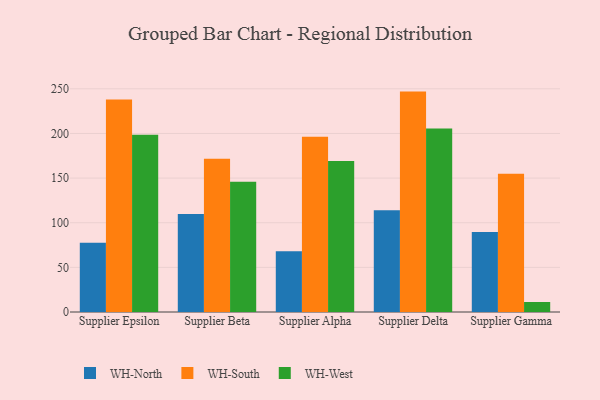
{"axis": {"x": "Supplier", "y": "Operating Costs (USD K)"}, "legend": ["WH-North", "WH-South", "WH-West"], "data": [{"x": "Supplier Epsilon", "y": 77.6, "type": "WH-North"}, {"x": "Supplier Epsilon", "y": 238.0, "type": "WH-South"}, {"x": "Supplier Epsilon", "y": 198.7, "type": "WH-West"}, {"x": "Supplier Beta", "y": 109.8, "type": "WH-North"}, {"x": "Supplier Beta", "y": 171.6, "type": "WH-South"}, {"x": "Supplier Beta", "y": 146.0, "type": "WH-West"}, {"x": "Supplier Alpha", "y": 68.1, "type": "WH-North"}, {"x": "Supplier Alpha", "y": 196.3, "type": "WH-South"}, {"x": "Supplier Alpha", "y": 169.1, "type": "WH-West"}, {"x": "Supplier Delta", "y": 113.9, "type": "WH-North"}, {"x": "Supplier Delta", "y": 246.9, "type": "WH-South"}, {"x": "Supplier Delta", "y": 205.7, "type": "WH-West"}, {"x": "Supplier Gamma", "y": 89.7, "type": "WH-North"}, {"x": "Supplier Gamma", "y": 155.0, "type": "WH-South"}, {"x": "Supplier Gamma", "y": 11.2, "type": "WH-West"}]}